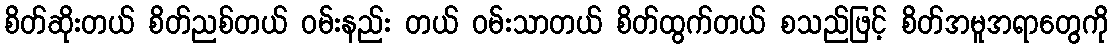
စိတ်ဆိုးတယ် စိတ်ညစ်တယ် ဝမ်းနည်း တယ် ဝမ်းသာတယ် စိတ်ထွက်တယ် စသည်ဖြင့် စိတ်အမူအရာတွေကို